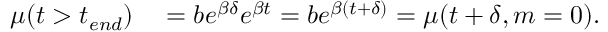
\begin{array} { r l } { \mu ( t > t _ { e n d } ) } & { { } = b e ^ { \beta \delta } e ^ { \beta t } = b e ^ { \beta ( t + \delta ) } = \mu ( t + \delta , m = 0 ) . } \end{array}